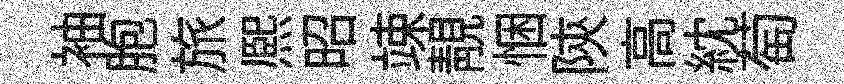
袖胞旅熈昭竦靚悃陝高紞萄